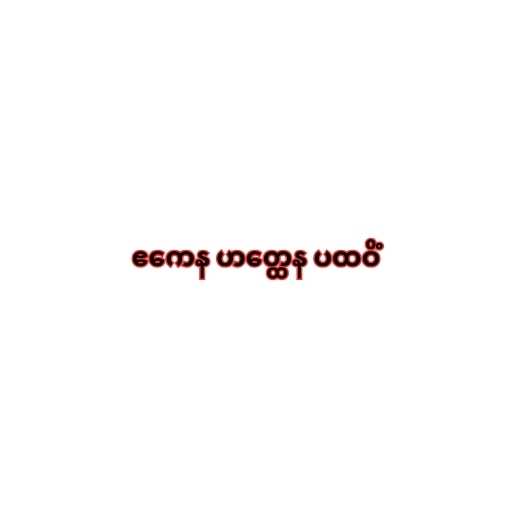
ဧကေန ဟတ္ထေန ပထဝိံ